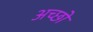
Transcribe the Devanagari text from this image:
अच्छों